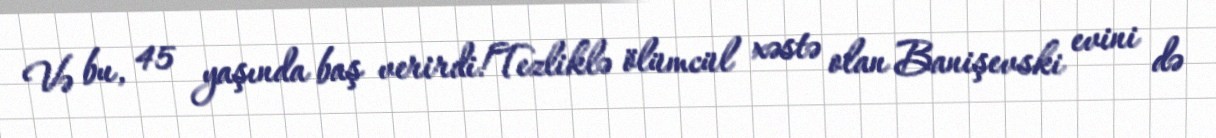
Və bu, 45 yaşında baş verirdi!Tezliklə ölümcül xəstə olan Banişevski evini də